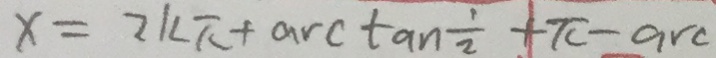
x = 2 k \pi + \arctan \frac { 1 } { 2 } + \pi - a r c